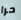
حرا